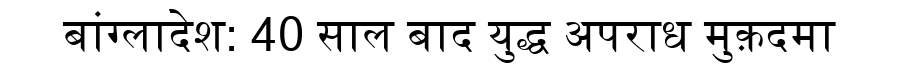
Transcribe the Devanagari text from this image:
बांग्लादेश: 40 साल बाद युद्ध अपराध मुक़दमा